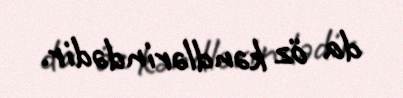
da öz kəndlərindədir.